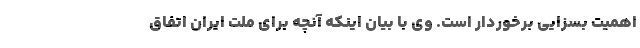
اهمیت بسزایی برخوردار است. وی با بیان اینکه آنچه برای ملت ایران اتفاق